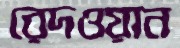
রেদওয়ান